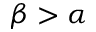
\beta > \alpha